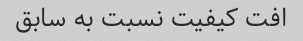
افت کیفیت نسبت به سابق